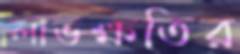
লাভক্ষতির